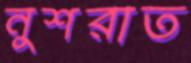
নুশরাত